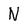
Character: N